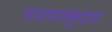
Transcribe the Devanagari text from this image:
पादपसमुदाय